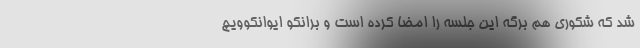
شد که شکوری هم برگه این جلسه را امضا کرده است و برانکو ایوانکوویچ